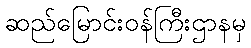
ဆည်မြောင်းဝန်ကြီးဌာနမှ